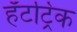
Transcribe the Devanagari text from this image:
हॅटट्रिक